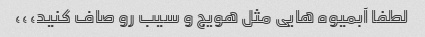
لطفا آبمیوه هایی مثل هویج و سیب رو صاف کنید،،،